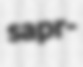
sapr-